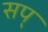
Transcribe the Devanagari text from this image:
सप्